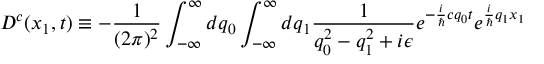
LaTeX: D ^ { c } ( x _ { 1 } , t ) \equiv - \frac { 1 } { ( 2 \pi ) ^ { 2 } } \int _ { - \infty } ^ { \infty } d q _ { 0 } \int _ { - \infty } ^ { \infty } d q _ { 1 } \frac { 1 } { q _ { 0 } ^ { 2 } - q _ { 1 } ^ { 2 } + i \epsilon } e ^ { - \frac { i } { \hbar } c q _ { 0 } t } e ^ { \frac { i } { \hbar } q _ { 1 } x _ { 1 } }